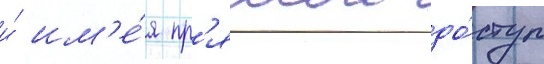
и́ им'е́я пр'ямои до́ступ